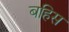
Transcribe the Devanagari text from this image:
बहिस